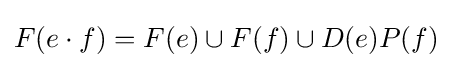
F(e\cdot f)=F(e)\cup F(f)\cup D(e)P(f)